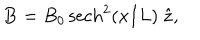
LaTeX: { \bf B } = B _ { 0 } \, \mathrm { s e c h } ^ { 2 } ( x / L ) \; { \hat { \bf z } } ,